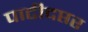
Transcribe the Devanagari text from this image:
पाटीदप्तर